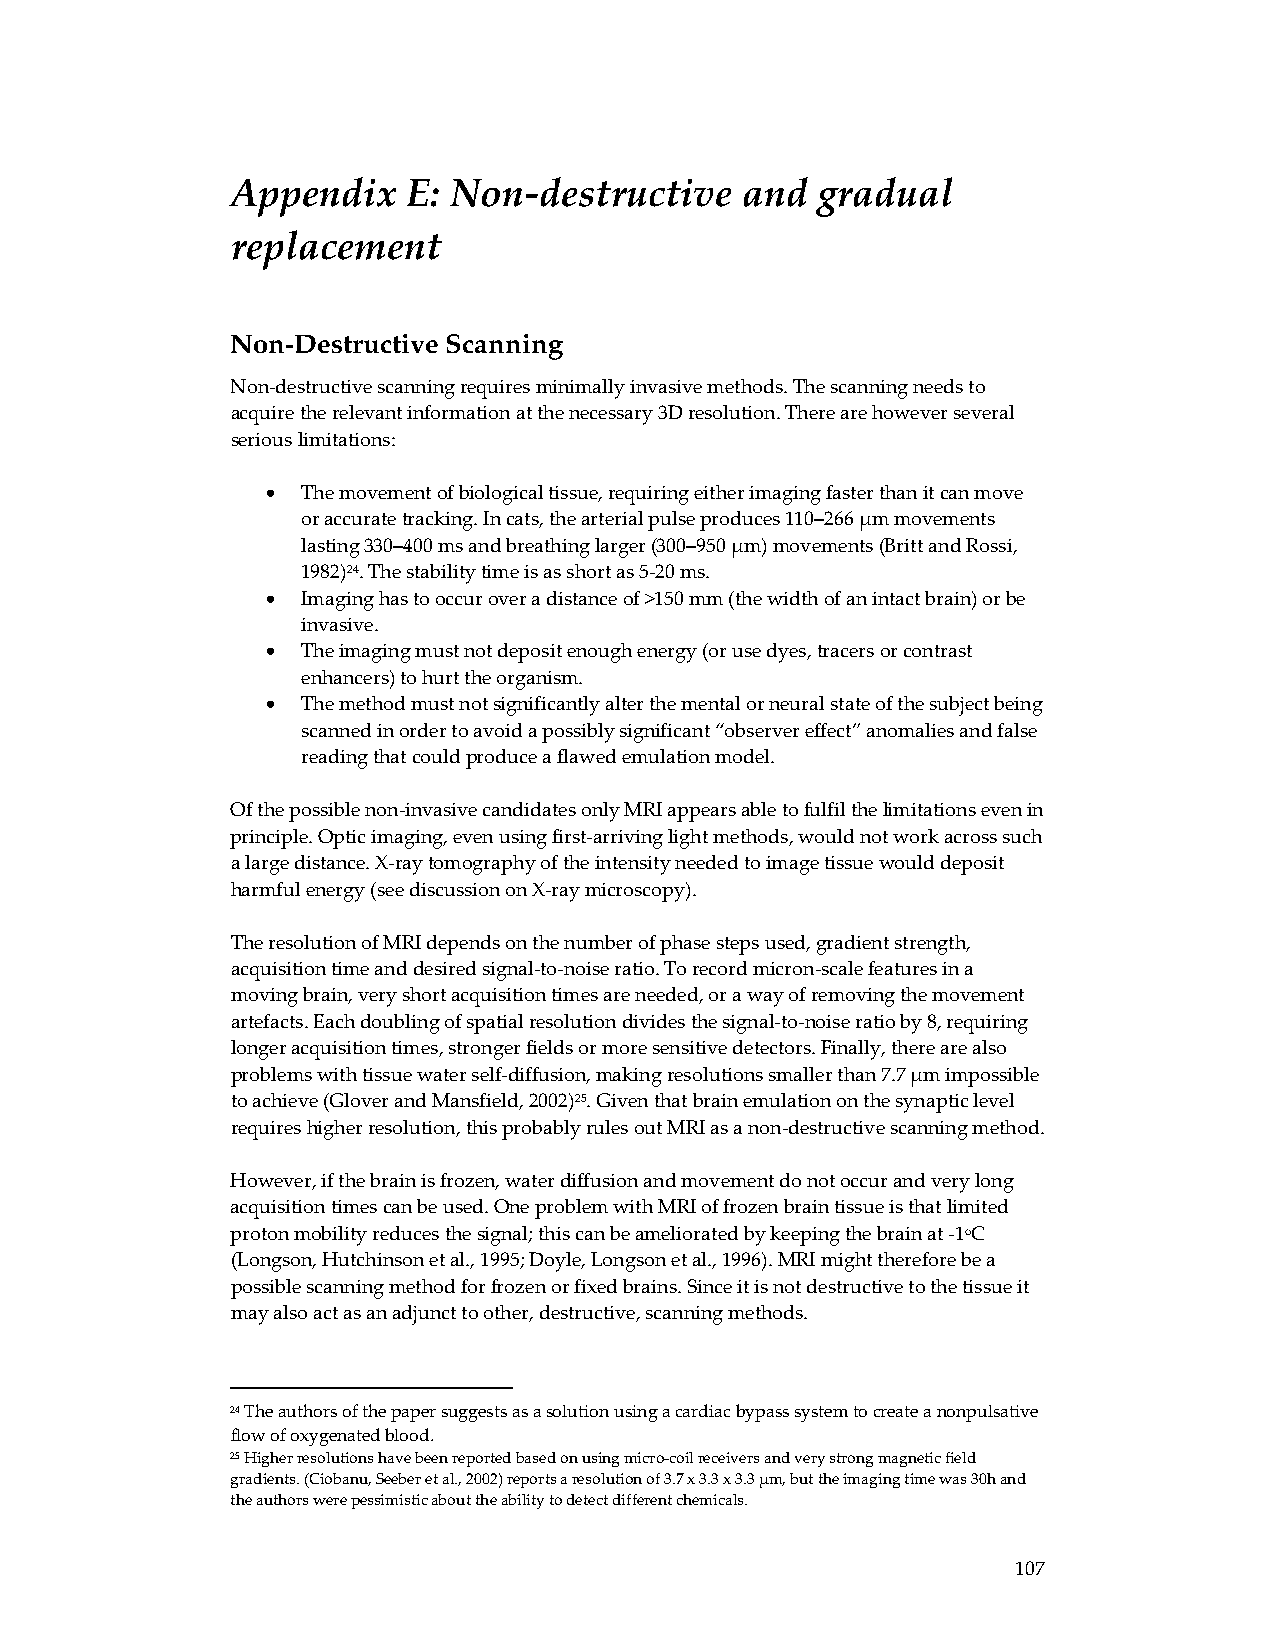
Appendix    E: Non‐destructive    and  gradual
 replacement
 Non-Destructive Scanning
 Non‐destructive scanning requires minimally invasive methods. The scanning needs to
 acquire the relevant information at the necessary 3D resolution. There are however several
 serious limitations:
 • The movement of biological tissue, requiring either imaging faster than it can move
 or accurate tracking. In cats, the arterial pulse produces 110–266 μm movements
 lasting 330–400 ms and breathing larger (300–950 μm) movements (Britt and Rossi,
 1982)24. The stability time is as short as 5‐20 ms.
 • Imaging has to occur over a distance of >150 mm (the width of an intact brain) or be
 invasive.
 • The imaging must not deposit enough energy (or use dyes, tracers or contrast
 enhancers) to hurt the organism.
 • The method must not significantly alter the mental or neural state of the subject being
 scanned in order to avoid a possibly significant “observer effect” anomalies and false
 reading that could produce a flawed emulation model.
 Of the possible non‐invasive candidates only MRI appears able to fulfil the limitations even in
 principle. Optic imaging, even using first‐arriving light methods, would not work across such
 a large distance. X‐ray tomography of the intensity needed to image tissue would deposit
 harmful energy (see discussion on X‐ray microscopy).
 The resolution of MRI depends on the number of phase steps used, gradient strength,
 acquisition time and desired signal‐to‐noise ratio. To record micron‐scale features in a
 moving brain, very short acquisition times are needed, or a way of removing the movement
 artefacts. Each doubling of spatial resolution divides the signal‐to‐noise ratio by 8, requiring
 longer acquisition times, stronger fields or more sensitive detectors. Finally, there are also
 problems with tissue water self‐diffusion, making resolutions smaller than 7.7 μm impossible
 to achieve (Glover and Mansfield, 2002)25. Given that brain emulation on the synaptic level
 requires higher resolution, this probably rules out MRI as a non‐destructive scanning method.
 However, if the brain is frozen, water diffusion and movement do not occur and very long
 acquisition times can be used. One problem with MRI of frozen brain tissue is that limited
 proton mobility reduces the signal; this can be ameliorated by keeping the brain at ‐1oC
 (Longson, Hutchinson et al., 1995; Doyle, Longson et al., 1996). MRI might therefore be a
 possible scanning method for frozen or fixed brains. Since it is not destructive to the tissue it
 may also act as an adjunct to other, destructive, scanning methods.
 24 The authors of the paper suggests as a solution using a cardiac bypass system to create a nonpulsative
 flow of oxygenated blood.
 25 Higher resolutions have been reported based on using micro‐coil receivers and very strong magnetic field
 gradients. (Ciobanu, Seeber et al., 2002) reports a resolution of 3.7 x 3.3 x 3.3 μm, but the imaging time was 30h and
 the authors were pessimistic about the ability to detect different chemicals.
 107